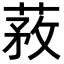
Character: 䓮